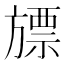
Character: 𣄔